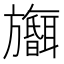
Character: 𪰅